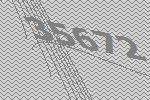
35672